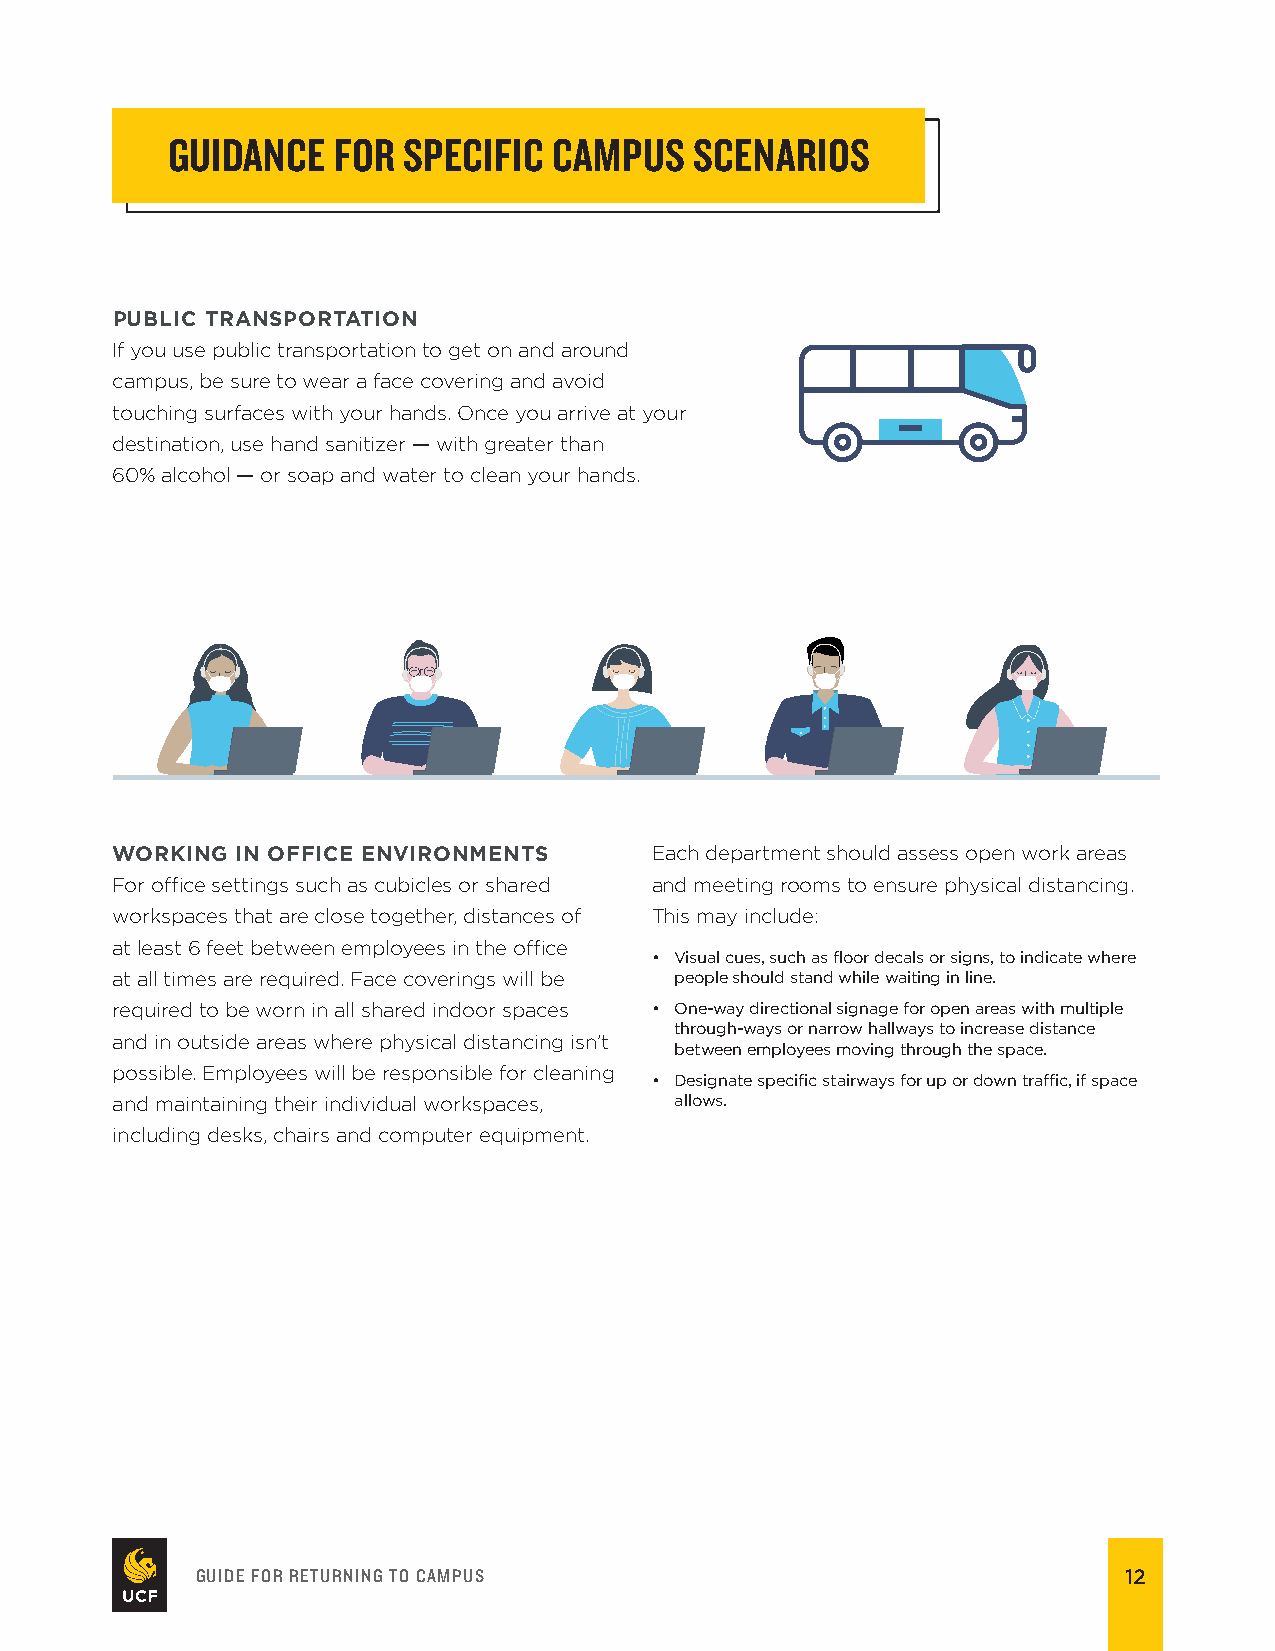
GUIDANCE   FOR  SPECIFIC  CAMPUS   SCENARIOS
 PUBLIC TRANSPORTATION
 If you use public transportation to get on and around
 campus, be sure to wear a face covering and avoid
 touching surfaces with your hands. Once you arrive at your
 destination, use hand sanitizer — with greater than
 60% alcohol — or soap and water to clean your hands.
 WORKING  IN OFFICE ENVIRONMENTS     Each department should assess open work areas
 For ofce settings such as cubicles or shared and meeting rooms to ensure physical distancing.
 workspaces that are close together, distances of This may include:
 at least 6 feet between employees in the ofce
 • Visual cues, such as foor decals or signs, to indicate where
 at all times are required. Face coverings will be people should stand while waiting in line.
 required to be worn in all shared indoor spaces • One-way directional signage for open areas with multiple
 through-ways or narrow hallways to increase distance
 and in outside areas where physical distancing isn’t
 between employees moving through the space.
 possible. Employees will be responsible for cleaning
 • Designate specifc stairways for up or down trafc, if space
 and maintaining their individual workspaces, allows.
 including desks, chairs and computer equipment.
 GUIDE FOR RETURNING TO CAMPUS                                12